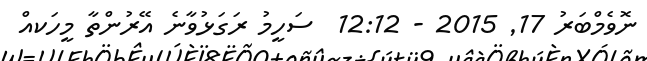
ނޮވެމްބަރު 17